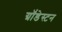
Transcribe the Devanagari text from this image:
ग्रॉंडेस्टन